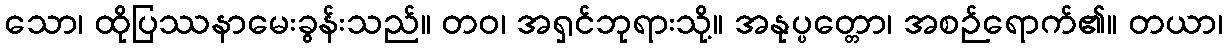
သော၊ ထိုပြဿနာမေးခွန်းသည်။ တဝ၊ အရှင်ဘုရားသို့။ အနုပ္ပတ္တော၊ အစဉ်ရောက်၏။ တယာ၊